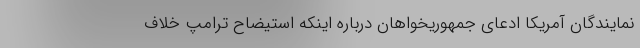
نمایندگان آمریکا ادعای جمهوریخواهان درباره اینکه استیضاح ترامپ خلاف